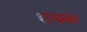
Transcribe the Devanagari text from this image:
शल्ककंद